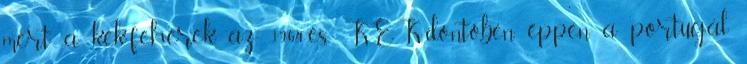
mert a kék-fehérek az 1964-es KEK-döntőben éppen a portugál